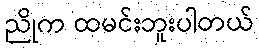
ညိုက ထမင်းဘူးပါတယ်